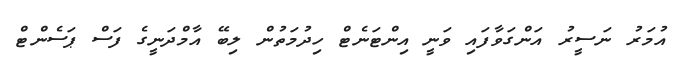
އުމަރު ނަސީރު އަންގަވާފައި ވަނީ އިންޓަނެޓް ހިދުމަތުން ލިބޭ އާމްދަނީގެ ފަސް ޕަސެންޓް